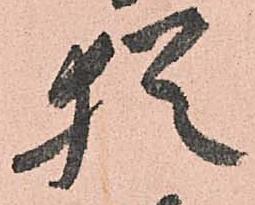
猶